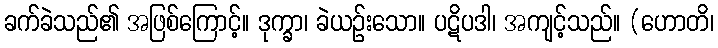
ခက်ခဲသည်၏ အဖြစ်ကြောင့်။ ဒုက္ခာ၊ ခဲယဉ်းသော။ ပဋိပဒါ၊ အကျင့်သည်။ (ဟောတိ၊